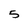
Character: 5